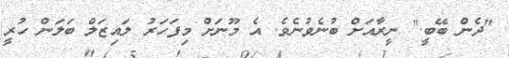
"ދެން ބޭބީ." ނީރާއަށް ބުނެވުނެވެ. އެ މޫނަށް މިފަހަރު ލައިޒަލް ބަލަން ހުރީ